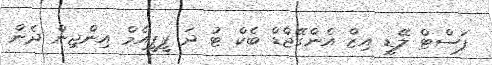
ފަސްޓް ލޭޑީ އިޒް އެންގޭޖްޑް ބެކް ޓު ދަ ޕީޕީއެމް އިންޖިން ދެން